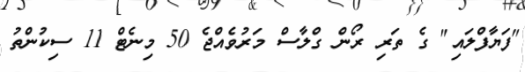
"ފަޔާފްލައި" ގެ ތަރި ރޯން ގްލާސް މަރުވެއްޖެ 50 މިނެޓް 11 ސިކުންތު